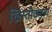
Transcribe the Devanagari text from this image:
ख्रिस्तीकरण